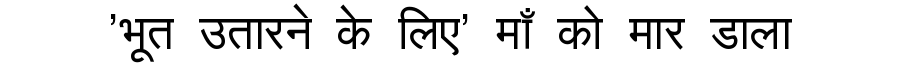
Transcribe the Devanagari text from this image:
'भूत उतारने के लिए' माँ को मार डाला